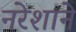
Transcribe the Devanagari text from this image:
नरेशाने